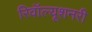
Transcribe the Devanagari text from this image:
रिवॉल्यूशनरी